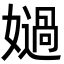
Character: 𡢤